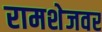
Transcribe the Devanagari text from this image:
रामशेजवर